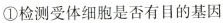
①检测受体细胞是否有目的基因